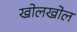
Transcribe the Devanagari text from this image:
खोलखोल